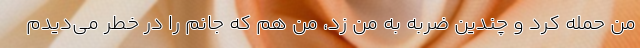
من حمله کرد و چندین ضربه به من زد، من هم که جانم را در خطر می‌دیدم